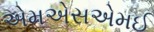
એમએસએમઈ